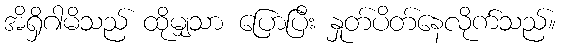
အိရှိဂါမိသည် ထိုမျှသာ ပြောပြီး နှုတ်ပိတ်နေလိုက်သည်။